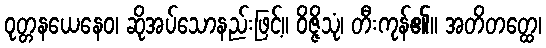
ဝုတ္တနယေနေဝ၊ ဆိုအပ်သောနည်းဖြင့်။ ဝိဇ္ဇိသုံ၊ တီးကုန်၏။ အတိတတ္ထေ၊